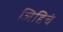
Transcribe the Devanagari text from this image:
जिद्दिचं